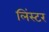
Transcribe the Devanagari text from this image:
लिंस्टर